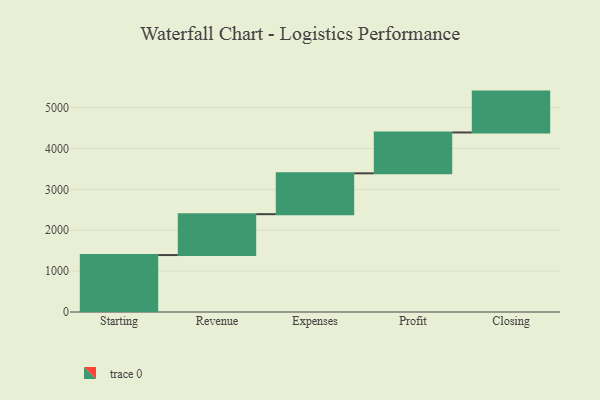
{"axis": {"x": "Step", "y": "Value"}, "legend": [""], "data": [{"x": "Starting", "y": 1394.0, "type": ""}, {"x": "Revenue", "y": 1000, "type": ""}, {"x": "Expenses", "y": 1000, "type": ""}, {"x": "Profit", "y": 1000, "type": ""}, {"x": "Closing", "y": 1000, "type": ""}]}